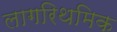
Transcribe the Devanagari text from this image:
लागरिथमिक